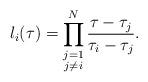
LaTeX: \begin{align*}l_i (\tau) = \prod^{N}_{\substack{j=1\\j\neq i}}\frac{\tau-\tau_j}{\tau_i-\tau_j}.\end{align*}